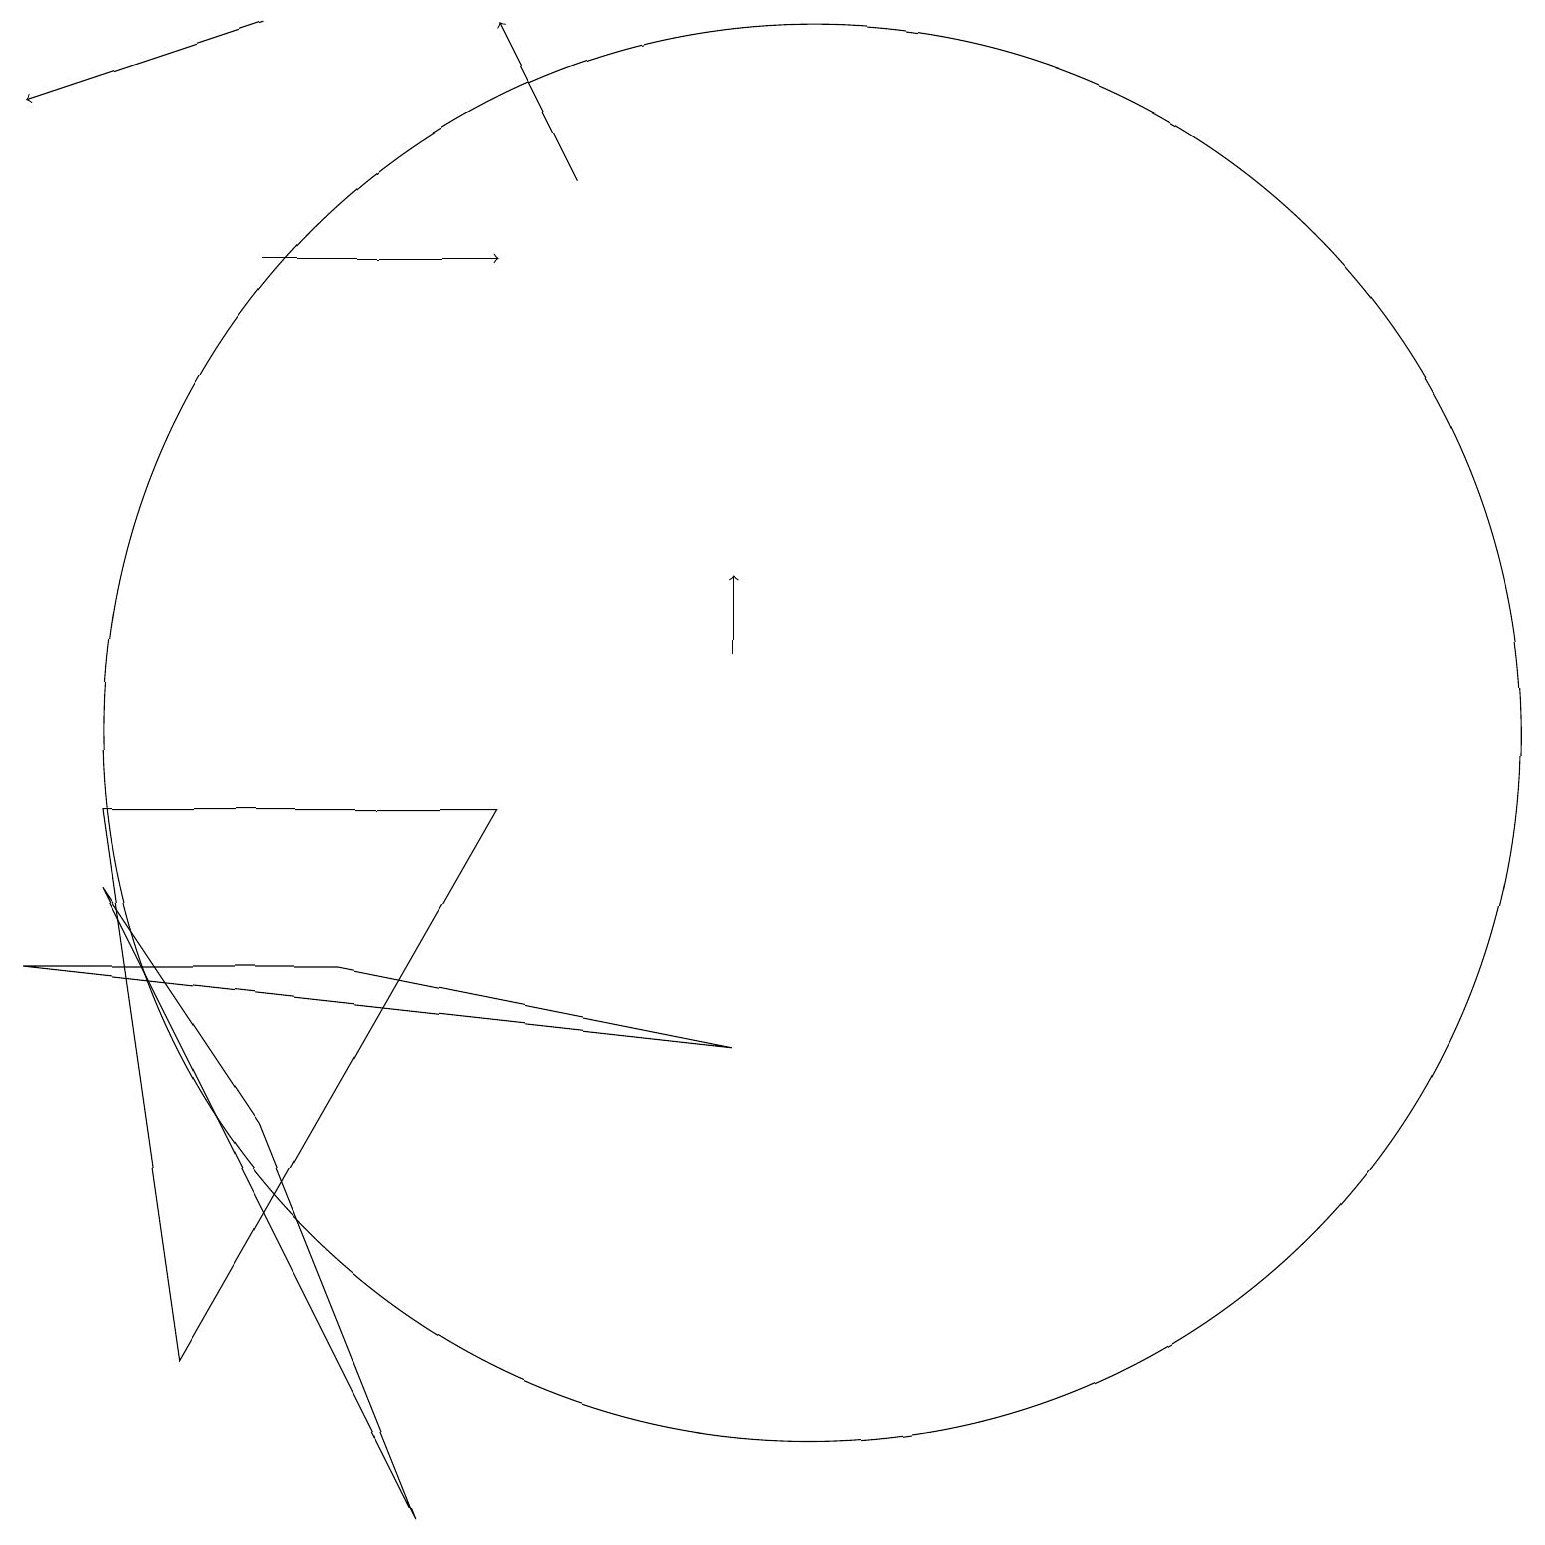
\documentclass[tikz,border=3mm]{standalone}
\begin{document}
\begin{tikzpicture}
\draw (10,10) circle (9);
\draw (6,9) -- (2,2) -- (1,9) -- cycle;
\draw[->] (3,16) -- (6,16);
\draw (5,0) -- (3,5) -- (1,8) -- cycle;
\draw[->] (9,11) -- (9,12);
\draw[->] (7,17) -- (6,19);
\draw (4,7) -- (0,7) -- (9,6) -- cycle;
\draw[->] (3,19) -- (0,18);
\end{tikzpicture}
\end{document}